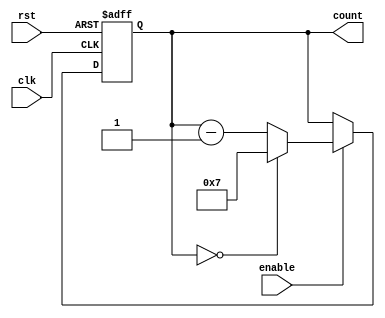
module Modulo_N_Down_Counter_with_Enable (
    input wire clk,
    input wire rst,
    input wire enable,
    output reg [N-1:0] count
);

parameter N = 8; // define the size of the counter

always @(posedge clk or posedge rst) begin
    if (rst) begin
        count <= N-1;
    end else if (enable) begin
        if (count == 0) begin
            count <= N-1;
        end else begin
            count <= count - 1;
        end
    end
end

endmodule